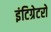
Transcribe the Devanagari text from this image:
इंटिग्रेटरों